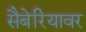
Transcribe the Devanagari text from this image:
सैबेरियावर